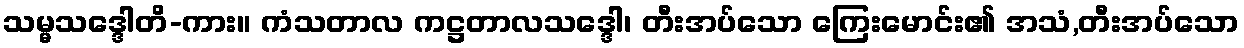
သမ္မသဒ္ဒေါတိ-ကား။ ကံသတာလ ကဋ္ဌတာလသဒ္ဒေါ၊ တီးအပ်သော ကြေးမောင်း၏ အသံ,တီးအပ်သော